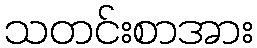
သတင်းစာအား